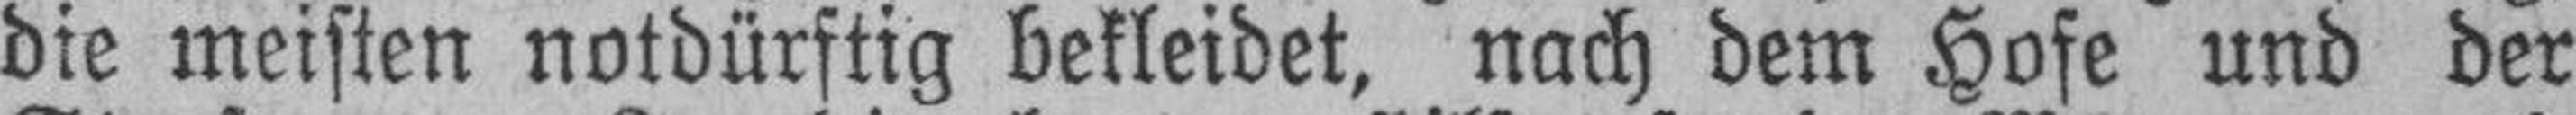
die meisten notdürftig bekleidet, nach dem Hofe und der